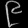
Digit: ၉